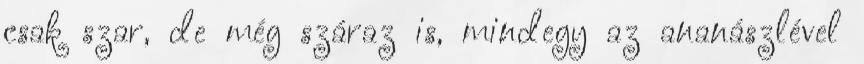
csak szar, de még száraz is, mindegy az ananászlével